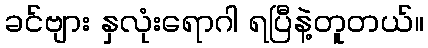
ခင်ဗျား နှလုံးရောဂါ ရပြီနဲ့တူတယ်။